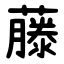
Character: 藤